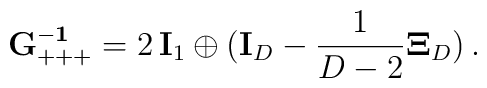
{\bf G^{-1}_{ +++}}= 2\, {\bf I}_1 \oplus ({\bf I}_D -\frac{1}{D-2}{\bf\Xi}_D)\, .